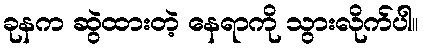
ခုနက ဆွဲထားတဲ့ နေရာကို သွားလိုက်ပါ။